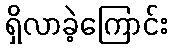
ရှိလာခဲ့ကြောင်း